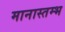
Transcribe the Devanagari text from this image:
मानास्तम्भ